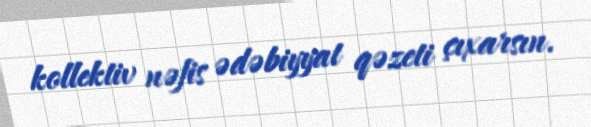
kollektiv nəfis ədəbiyyat qəzeti çıxarsın.